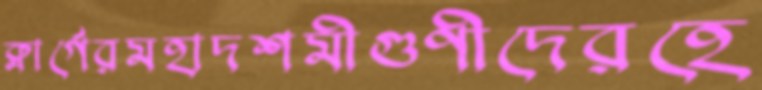
ক্লার্গেরমহাদশমীগুণীদেরহে